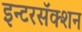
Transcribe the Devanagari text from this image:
इन्टरसॅक्शन